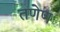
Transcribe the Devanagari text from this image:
तणेण